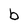
Character: b